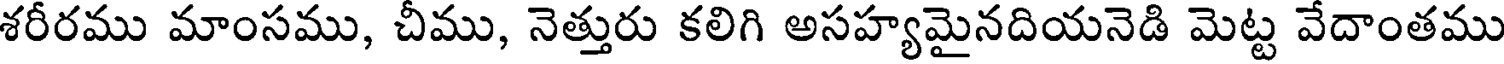
శరీరము మాంసము, చీము, నెత్తురు కలిగి అసహ్యమైనదియనెడి మెట్ట వేదాంతము